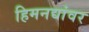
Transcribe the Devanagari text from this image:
हिमनद्यांवर